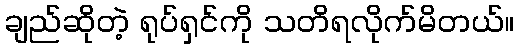
ချည်ဆိုတဲ့ ရုပ်ရှင်ကို သတိရလိုက်မိတယ်။